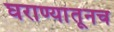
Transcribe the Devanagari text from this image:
घराण्यांतूनच